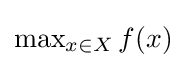
{\textstyle \max _{x\in X}f(x)}